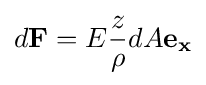
d\mathbf {F} =E{\frac {z}{\rho }}dA\mathbf {e_{x}}